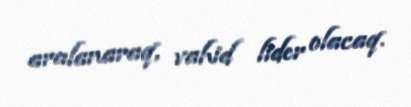
aralanaraq, vahid lider olacaq.